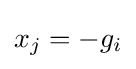
x_{j}=-g_{i}